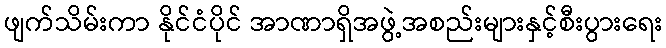
ဖျက်သိမ်းကာ နိုင်ငံပိုင် အာဏာရှိအဖွဲ့အစည်းများနှင့်စီးပွားရေး